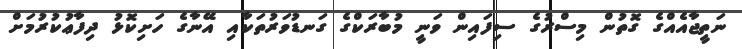
ނަތީޖާއެއްގެ ގޮތުން މިސްރުގެ ސިފައިން ވަނީ މުބާރަކްގެ ގަނޑުވަރުތަކާއި އޭނާގެ ހަށިކޮޅު ދިފާޢުކުރުމަށް